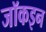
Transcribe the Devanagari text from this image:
जॉकइन